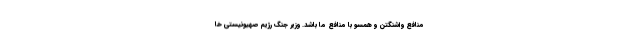
منافع واشنگتن و همسو با منافع ما باشد. وزیر جنگ رژیم صهیونیستی خا